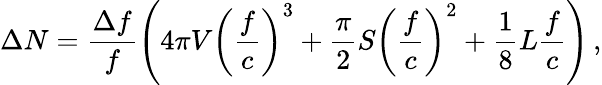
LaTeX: \Delta N=\frac{\Delta f}{f}\left(4\pi V\left(\frac{f}{c}\right)^{3}+\frac{\pi}{2}S\left(\frac{f}{c}\right)^{2}+\frac{1}{8}L\frac{f}{c}\right)\, ,